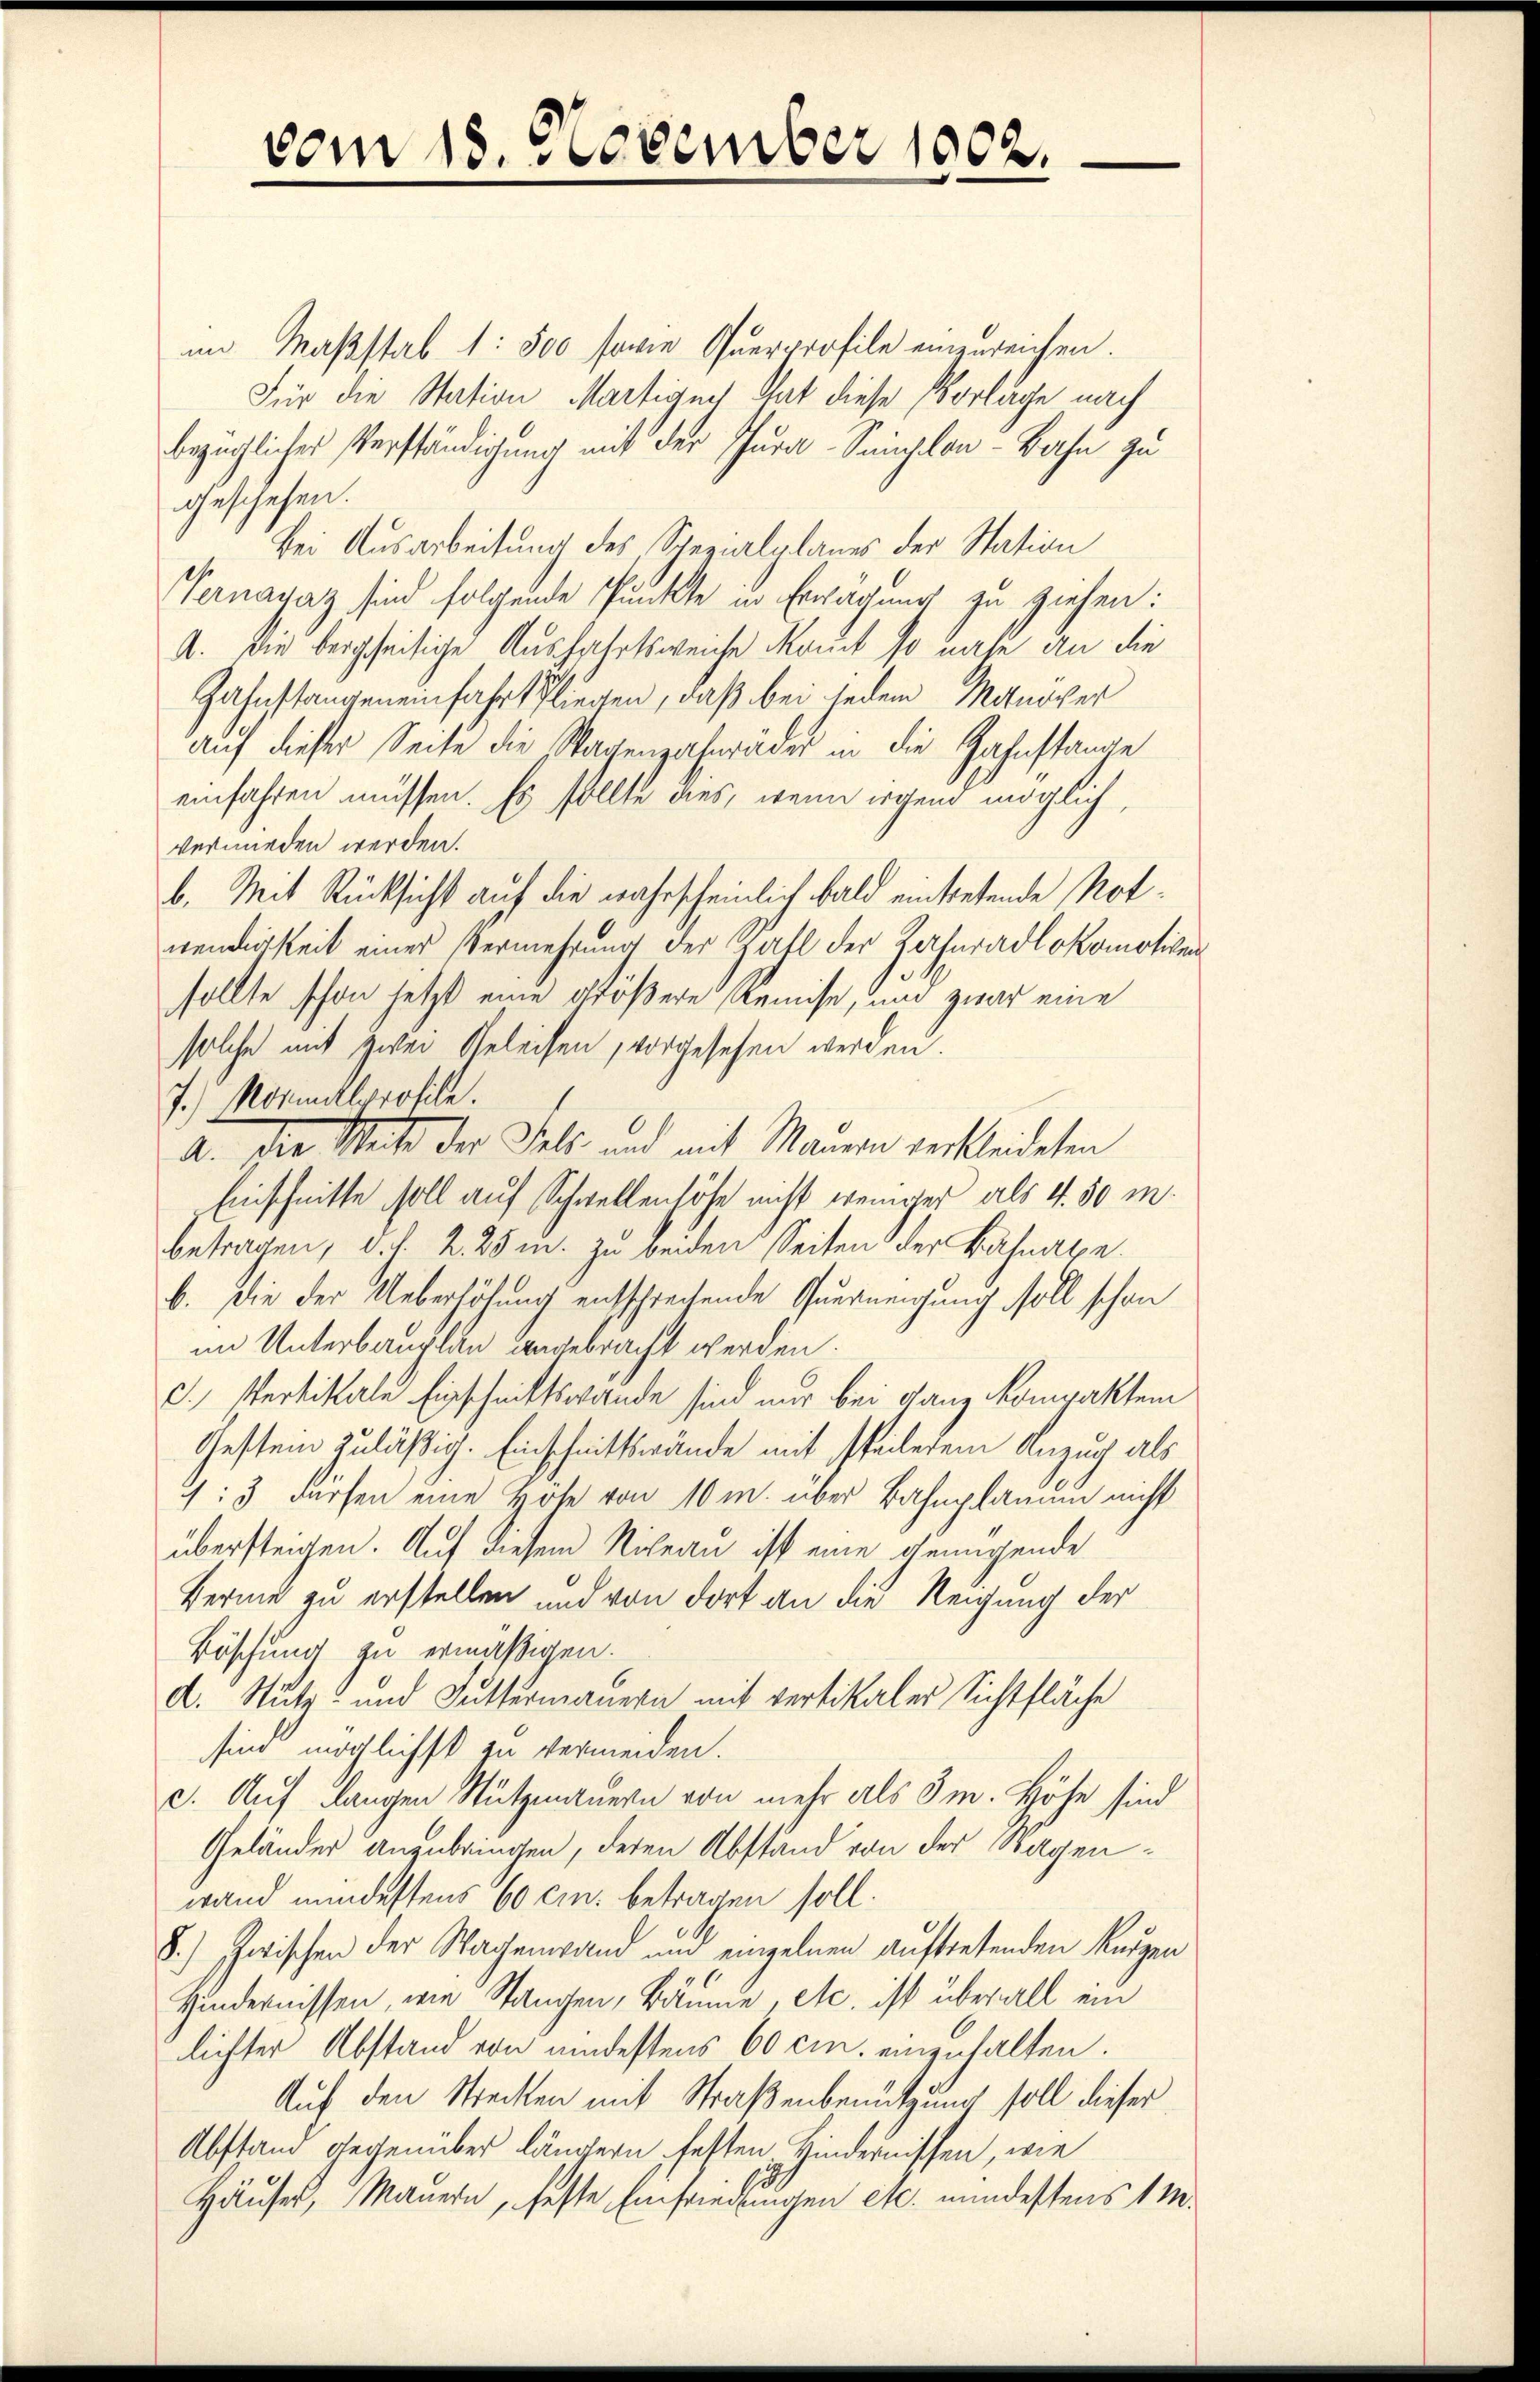
vom 18. November 1002.

im Maßstab 1: 500 sowie Querprofile einzureichen.
Für die Station Martigen hat diese Vorläge nach
bezügliches Verständigung mit der Cura-Samplon-Bahn zu
geschehen.
Bei Ausarbeitung des Spezialplanes der Station
Vernagaz sind folgende Punkte in Erwägung zu ziehen:
A. Die bergseitige Ausfahrtsweiche kannt so nahe an die
Zahnstangeneinfahrt fliegen, daß bei jedem Manover
auf dieser Seite die Sagenzahnräder in die Zahnstande
einfahren müssen. Es sollte dies, wenn irgend möglich,
verwieden werden.
b. Mit Rücksicht auf die wahrscheinlich bald eintretende Notwendigkeit einer Vermehrung der Zahl der Zahnradlokomotiven
sollte schon jetzt eine größere Remise, und zwar eine
solche mit zwei Geleisen, vorgesehen werden.
J.) Mosualorofile.
A. Die Weite der Feld- und mit Mauern verkleideten
Einschnitte soll auf Schwellenhöhe nicht weniger als 4. 50 m
betragen, d. h. 2. 25 u. zu beiden Seiten der Bahnaxe.
b. Die der Ueberhöhung entsprechende Querneigung soll schon
im Unterbauplan angebracht werden.
d.) Vertikale Einschnittswande sind nur bei ganz kompaktem
Gestein zuläßig. Einschnittswände mit steilerem Anzug als
:3 dürfen eine Höhe von 10 m. über Bahnplamun nicht
übersteigen. Auf diesem Siheau ist eine genügende
Berne zu erstellen und von dort an die Neigung der
Böschung zu ermäßigen.
A. Stutz und Futtermauern mit vertikaler Sichtfläche
sind möglichst zu vermeiden.
c. Auf langen Stützmauern von mehr als 3m. Höhe sind
Geländer anzubringen, deren Abstand von der Sagenwand mindestens 60 cm. betragen soll.
8.) Zwischen der Wagenwand und einzelnen auftretenden Kurzen
Hindernissen, wie Stangen, Bäume, etc. ist überall ein
lichter Abstand von andestens 60 cm. einzuhalten.
Auf den Strecken mit Straßenbenutzung soll dieser
Abstand gegenüber längern festen Kindernissen, wie
Häuser, Mauern, feste Einfriedlungen etc. mindestens 1 M.